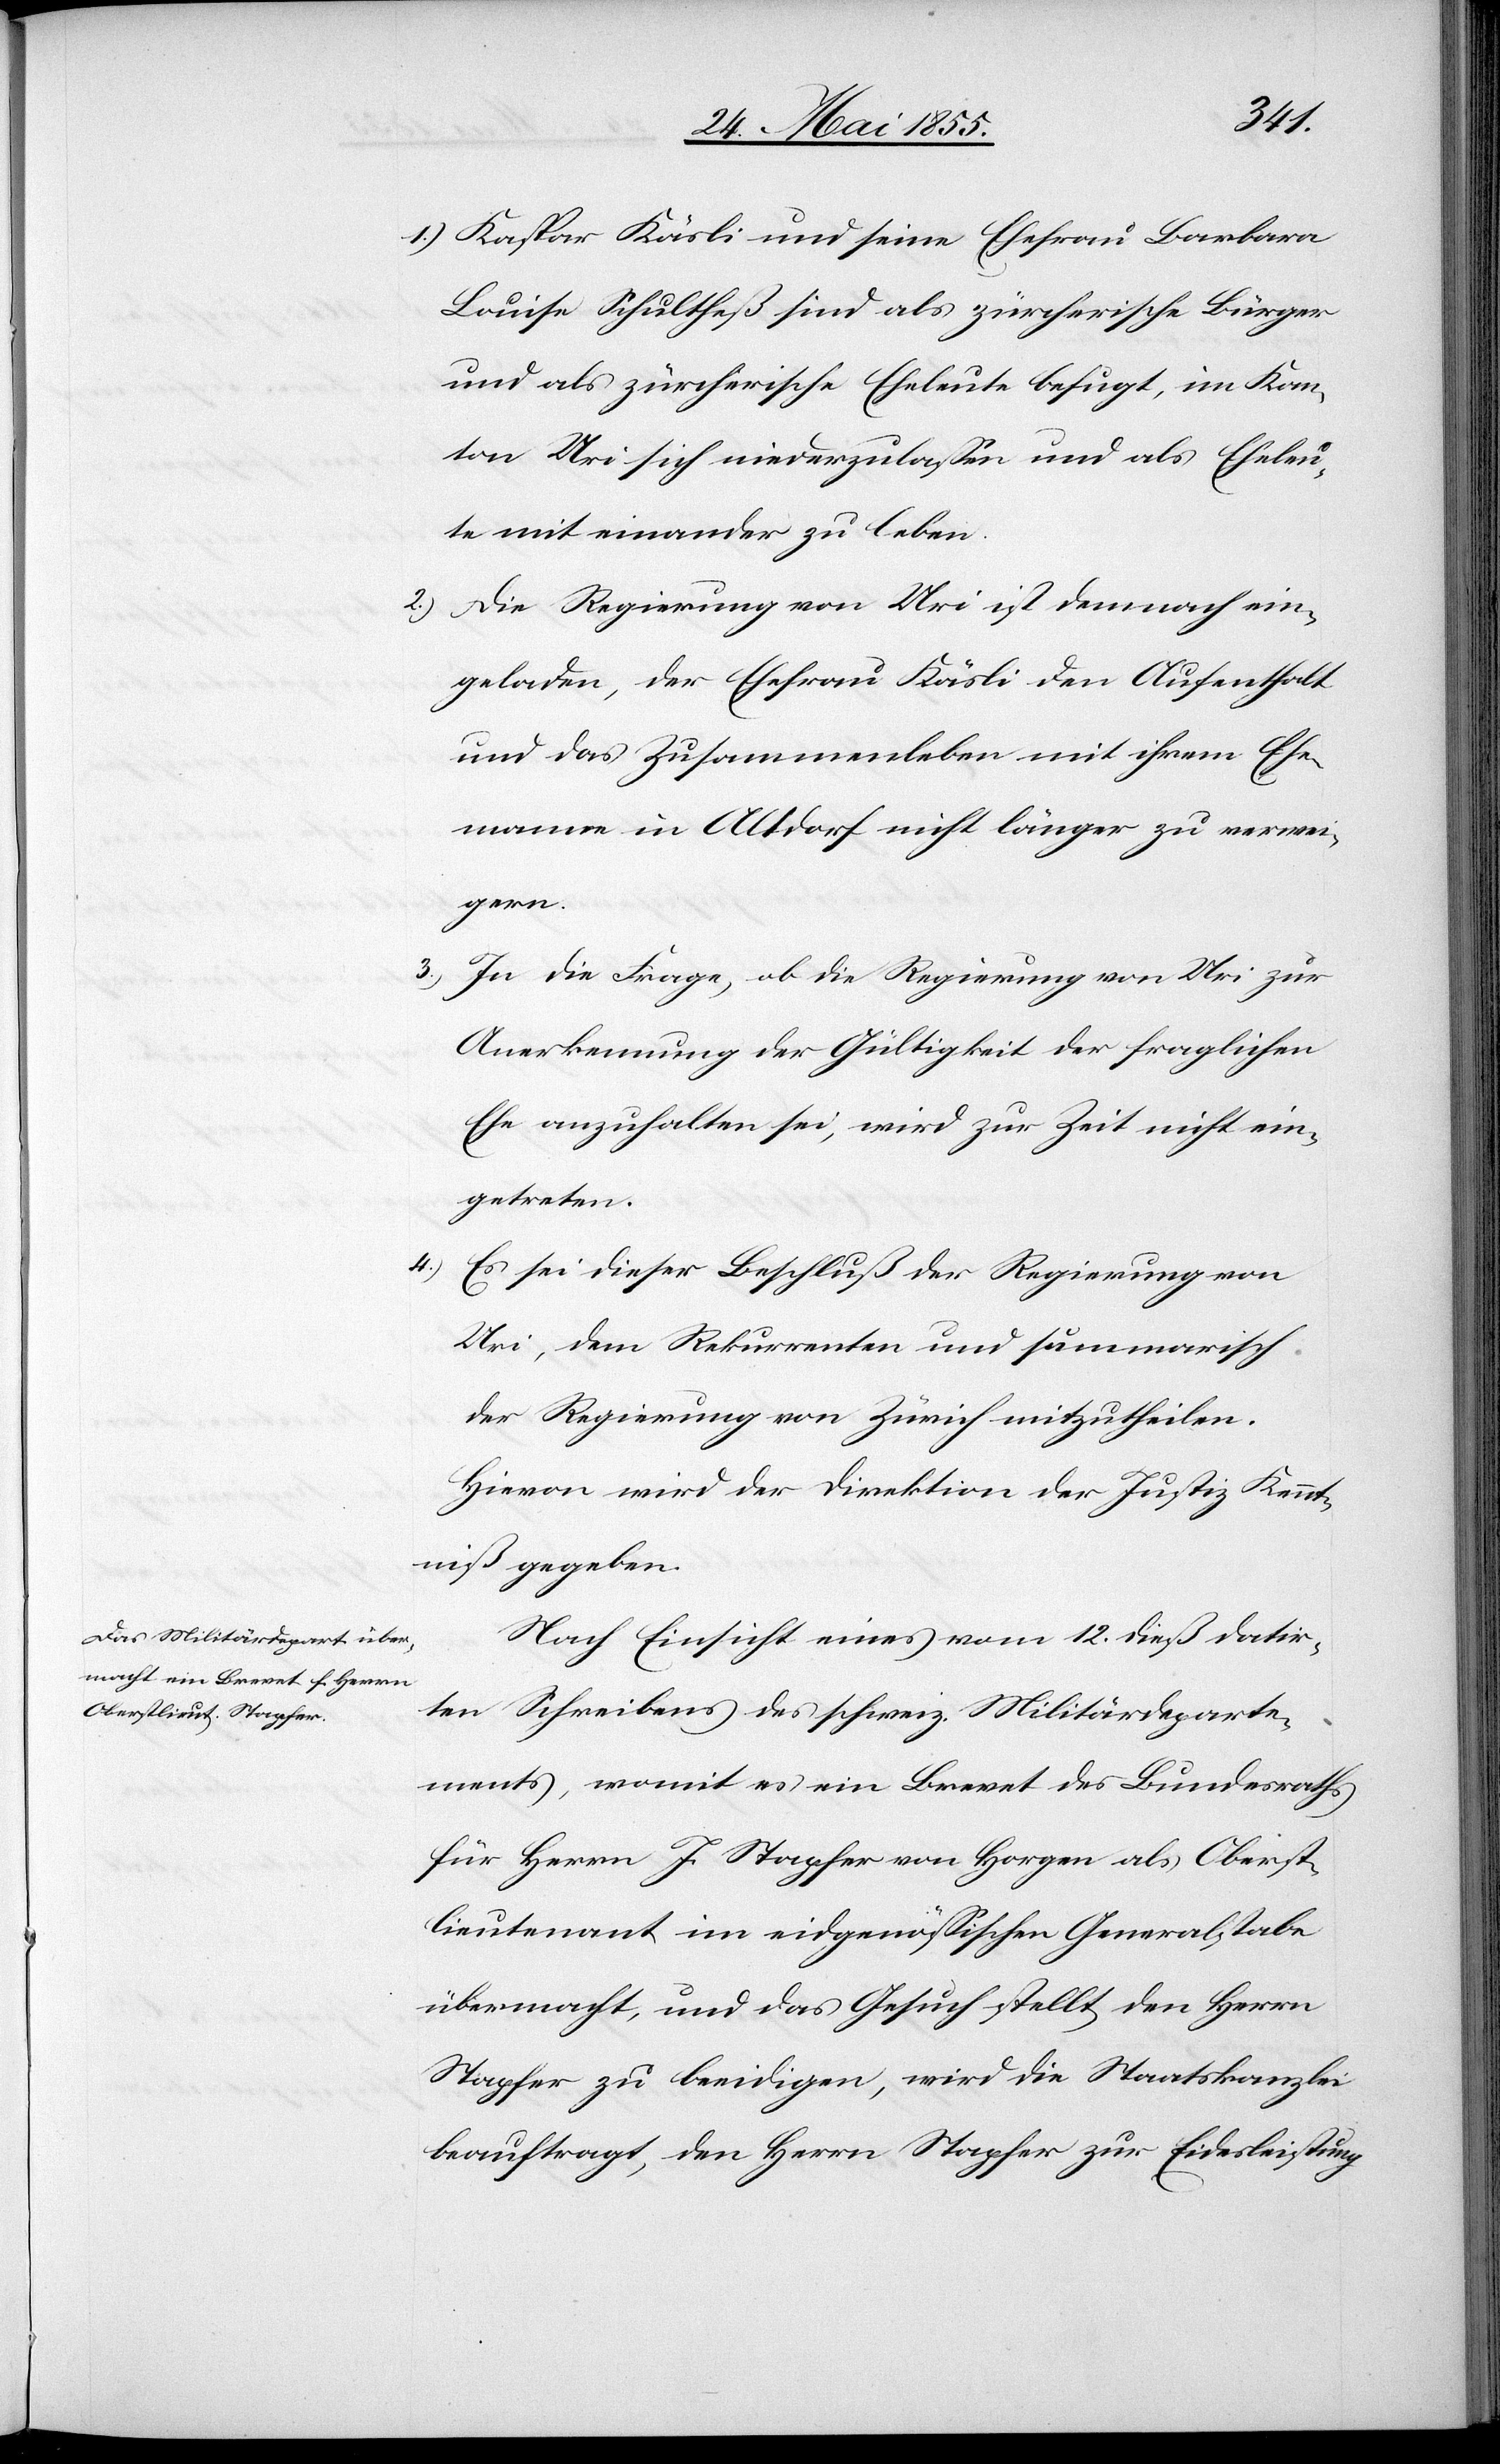
Kaspar Käsli und seine Ehefrau Barbara
Louise Schultheß sind als zürcherische Bürger
und als zürcherische Eheleute befugt, im Kan¬
ton Uri sich niederzulassen und als Eheleu¬
te mit einander zu leben.
Die Regierung von Uri ist demnach ein¬
geladen, der Ehefrau Käsli den Aufenthalt
und das Zusammenleben mit ihrem Ehe¬
manne in Altdorf nicht länger zu verwei¬
gern.
3.)
In die Frage, ob die Regierung von Uri zur
Anerkennung der Gültigkeit der fraglichen
Ehe anzuhalten sei, wird zur Zeit nicht ein¬
getreten.
Es sei dieser Beschluß der Regierung von
Uri, dem Rekurrenten und summarisch
der Regierung von Zürich mitzutheilen.
Hievon wird der Direktion der Justiz Kennt¬
niß gegeben.
Nach Einsicht eines vom 12. dieß datir¬
ten Schreibens des schweiz. Militärdeparte¬
ments, womit es ein Brevet des Bundesraths
für Herrn J. Stapfer von Horgen als Oberst¬
lieutenant im eidgenössischen Generalstabe
übermacht, und das Gesuch stellt, den Herrn
Stapfer zu beeidigen, wird die Staatskanzlei
beauftragt, den Herrn Stapfer zur Eidesleistung